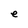
Character: e